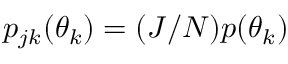
p _ { j k } ( \theta _ { k } ) = ( J / N ) p ( \theta _ { k } )